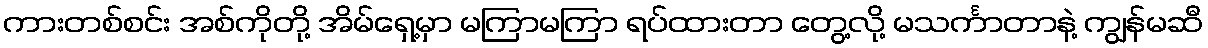
ကားတစ်စင်း အစ်ကိုတို့ အိမ်ရှေ့မှာ မကြာမကြာ ရပ်ထားတာ တွေ့လို့ မသင်္ကာတာနဲ့ ကျွန်မဆီ